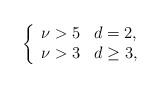
LaTeX: \begin{align*}\left\{\begin{array}{ll}\nu>5 & d=2, \\\nu > 3 & d\geq 3,\end{array}\right. \end{align*}